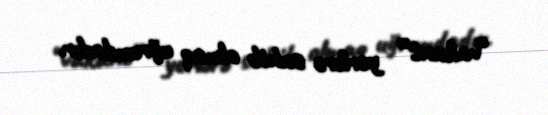
“vakant” yerlərə sahib olmaq uğrundadır.